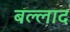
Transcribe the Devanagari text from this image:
बल्लाद